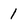
Character: 1